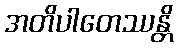
အတိပါတေဿန္တိ